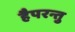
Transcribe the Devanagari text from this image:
हैपरन्तु